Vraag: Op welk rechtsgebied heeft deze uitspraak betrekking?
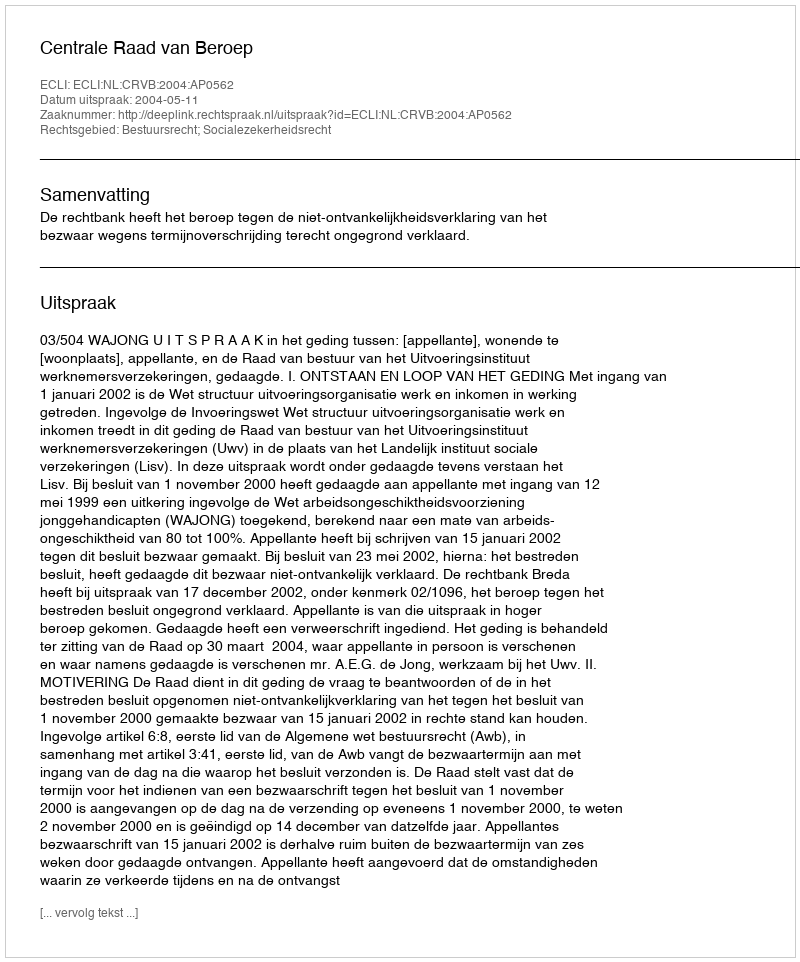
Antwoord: Bestuursrecht; Socialezekerheidsrecht